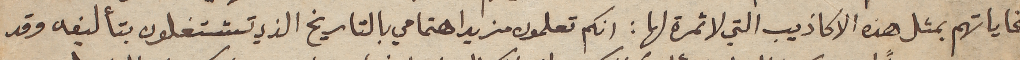
غاياتهم بمثل هذه الاكاذيب التي لا ثمرة لها : انكم تعلمون مزيد اهتمامي بالتاريخ الذي تشتغلون بتأليفه وقد